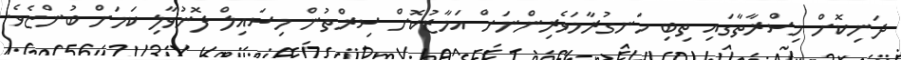
ދަނިކޮށް މިސްރާތާގައި ތިބި ހަނގުރާމަވެރިންނަށް އަމާޒުކޮށް ސިރްތުން މިސައިލް ފޮނުވާލި ކަމަށް ބުންޏެވެ.